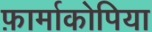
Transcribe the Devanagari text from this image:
फ़ार्माकोपिया